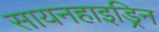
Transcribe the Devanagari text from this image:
सायनहाइड्रिन